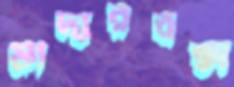
মাদারবক্স